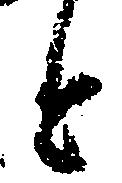
と